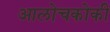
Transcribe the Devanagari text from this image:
आलोचकोकी